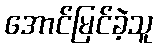
အောင်မြင်ခဲ့သူ